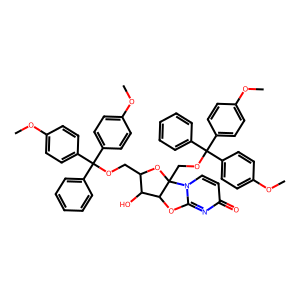
SMILES: COc1ccc(C(OCC2OC3(COC(c4ccccc4)(c4ccc(OC)cc4)c4ccc(OC)cc4)C(Oc4nc(=O)ccn43)C2O)(c2ccccc2)c2ccc(OC)cc2)cc1
Inhibits HIV replication: No